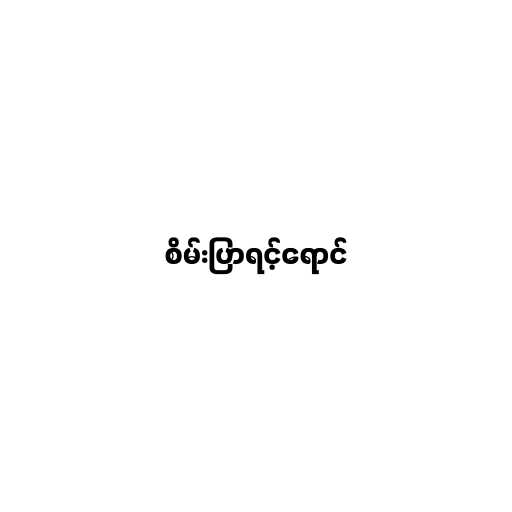
စိမ်းပြာရင့်ရောင်